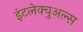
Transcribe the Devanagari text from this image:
इंटलेक्चुअल्स